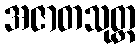
အဇာတသုတ္တ